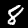
Digit: 8